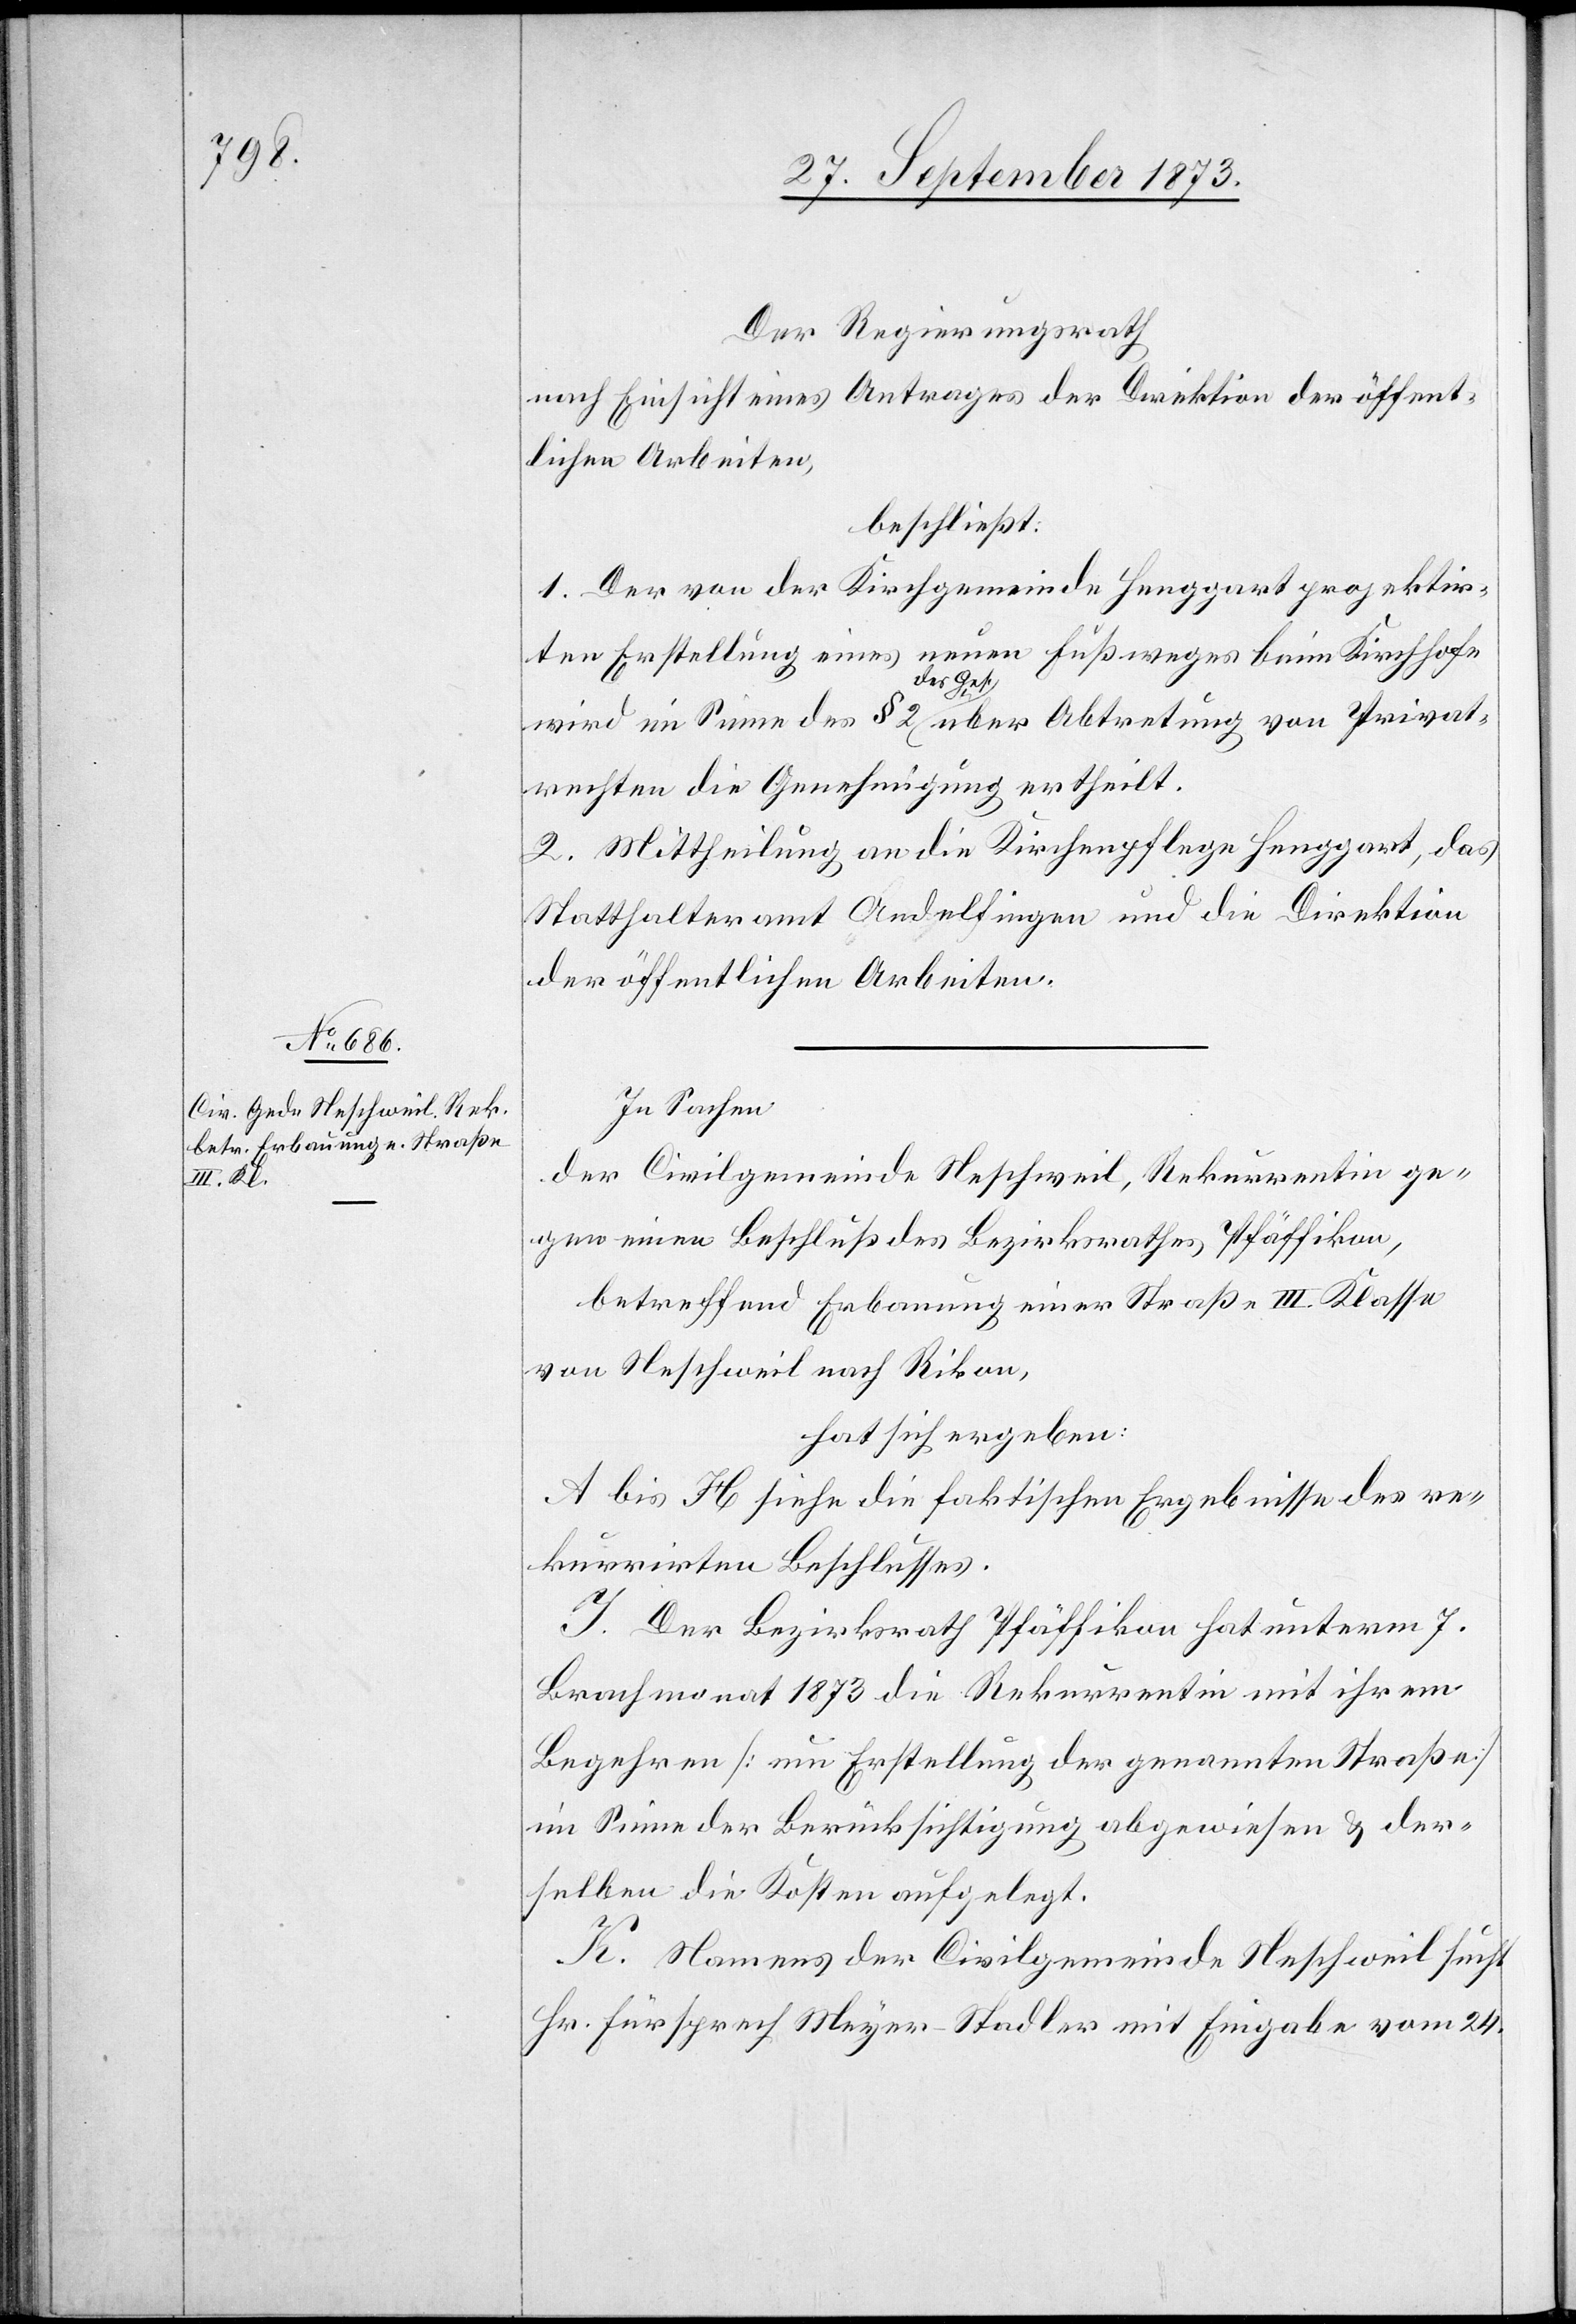
Der Regierungsrath
nach Einsicht eines Antrages der Direktion der öffent¬
lichen Arbeiten,
beschließt:
1. Der von der Kirchgemeinde Henggart projektir¬
ten Erstellung eines neuen Fußweges beim Kirchhofe
wird im Sinne des § 2 des Ges. über Abtretung von Privat¬
rechten die Genehmigung ertheilt.
2. Mittheilung an die Kirchenpflege Henggart, das
Statthalteramt Andelfingen und die Direktion
der öffentlichen Arbeiten.
In Sachen
der Civilgemeinde Neschweil, Rekurrentin ge¬
gen einen Beschluß des Bezirksrathes Pfäffikon,
betreffend Erbauung einer Straße III. Klasse
von Neschweil nach Rikon,
hat sich ergeben:
A bis H siehe die faktischen Ergebnisse des re¬
kurrirten Beschlusses.
I. Der Bezirksrath Pfäffikon hat unterm 7.
Brachmonat 1873 die Rekurrentin mit ihrem
Begehren [um Erstellung der genannten Straße]
im Sinne der Berücksichtigung abgewiesen & der¬
selben die Kosten aufgelegt.
K. Namens der Civilgemeinde Neschweil sucht
Hr. Fürsprech Meyer-Stadler mit Eingabe vom 24.